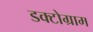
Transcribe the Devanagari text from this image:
डक्टोग्राम